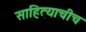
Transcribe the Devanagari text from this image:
साहित्याचीच